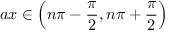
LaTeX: a x \in \left( n \pi - { \frac { \pi } { 2 } } , n \pi + { \frac { \pi } { 2 } } \right)